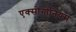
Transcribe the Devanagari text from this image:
एक्सोगोनियम